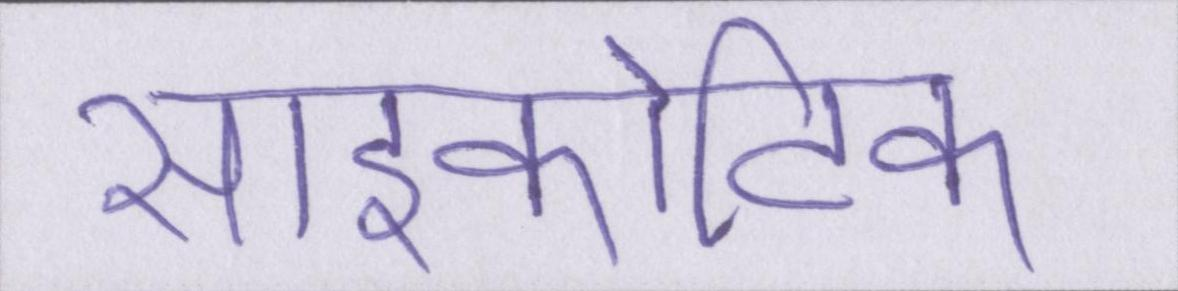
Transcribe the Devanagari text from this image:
साइकोटिक